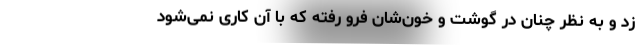
زد و به نظر چنان در گوشت و خون‌شان فرو رفته که با آن کاری نمی‌شود